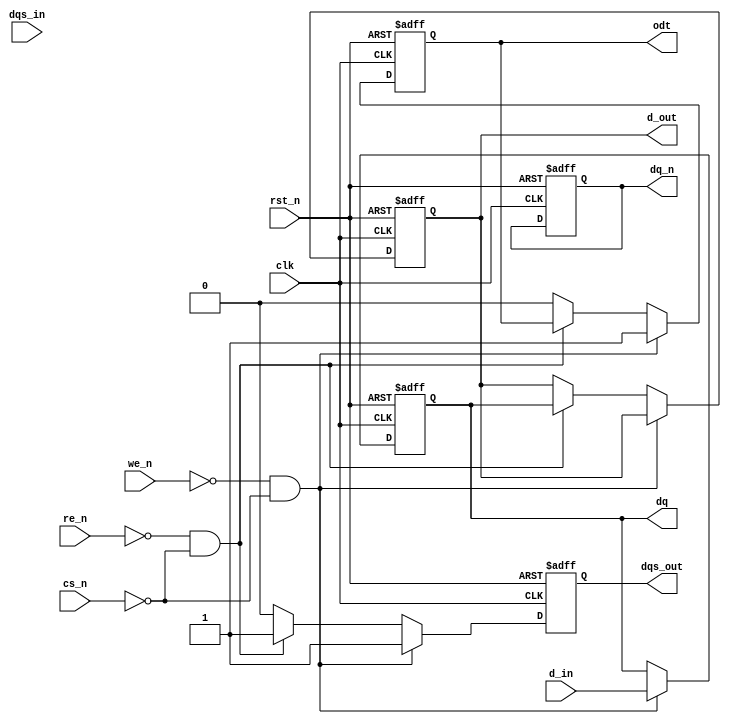
module ddr3_io_block (
    input wire clk,                // System clock
    input wire rst_n,              // Active low reset
    input wire [15:0] d_in,        // Data input
    output reg [15:0] d_out,       // Data output
    input wire dqs_in,             // Data Strobe input
    output reg dqs_out,            // Data Strobe output
    input wire we_n,               // Write Enable (active low)
    input wire re_n,               // Read Enable (active low)
    input wire cs_n,               // Chip Select (active low)
    output reg odt,                // On-Die Termination
    output reg [15:0] dq,          // Bi-directional data lines
    output reg [15:0] dq_n          // Complementary data lines
);

// Internal signals
reg [15:0] data_reg;
reg dqs_reg;

// State machine for read/write operations
always @(posedge clk or negedge rst_n) begin
    if (!rst_n) begin
        d_out <= 16'b0;
        dq <= 16'b0;
        dq_n <= 16'b0;
        dqs_out <= 1'b0;
        odt <= 1'b0;
    end else begin
        // Control Data Flow
        if (!we_n && !cs_n) begin // Write Operation
            dq <= d_in;           // Drive data onto DQ lines
            dqs_out <= 1'b1;      // Assert DQS
            odt <= 1'b1;          // Enable ODT
        end else if (!re_n && !cs_n) begin // Read Operation
            d_out <= dq;          // Capture data from DQ lines
            dqs_out <= 1'b1;      // Assert DQS
        end else begin
            dqs_out <= 1'b0;      // Deassert DQS
            odt <= 1'b0;          // Disable ODT
        end
    end
end

// Timing and Alignment Logic (example placeholder)
always @(posedge clk) begin
    // Placeholder for timing adjustments and alignments
    // Implement delay elements or other timing adjustments as needed
end

// Data Integrity Features (example placeholder)
always @(posedge clk) begin
    // Placeholder for ECC and other data integrity features
end

endmodule